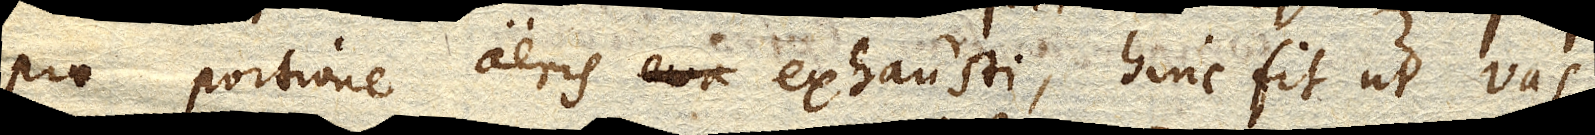
pro portione aeris, hinc fit ut vas